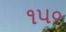
૧૫૦